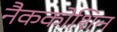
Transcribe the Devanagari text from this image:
नैककोशिन